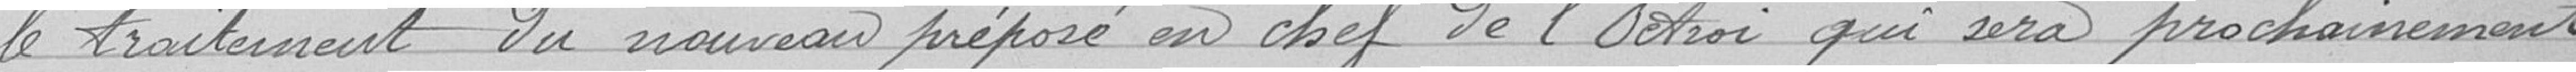
sur la proposition de la Commission des travaux,